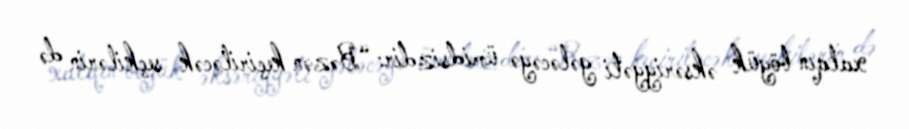
xalqın böyük əksəriyyəti gələcəyə ümidsizdir: “Bəzən keçiriləcək seçkilərin də